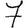
Digit: 7